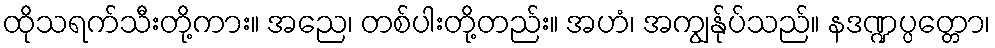
ထိုသရက်သီးတို့ကား။ အညေ၊ တစ်ပါးတို့တည်း။ အဟံ၊ အကျွန်ုပ်သည်။ နဒဏ္ဍပ္ပတ္တော၊